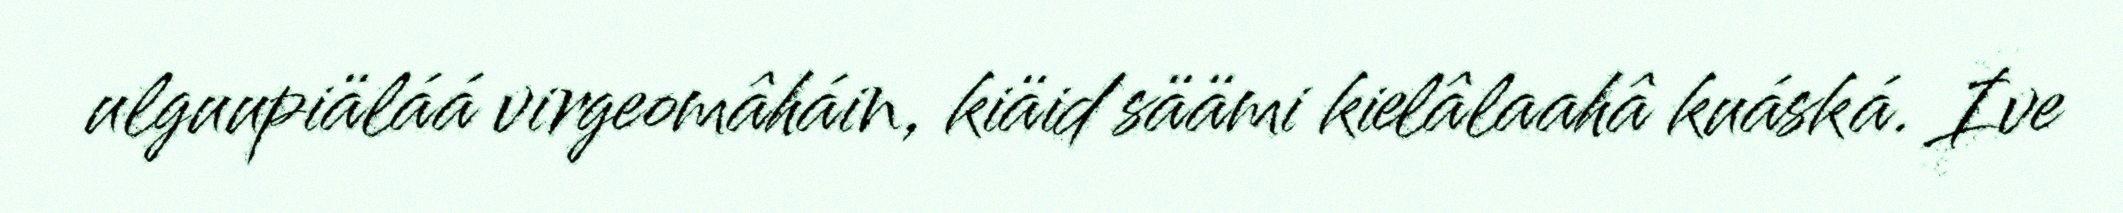
ulguupiäláá virgeomâháin, kiäid säämi kielâlaahâ kuáská. Ive